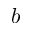
b